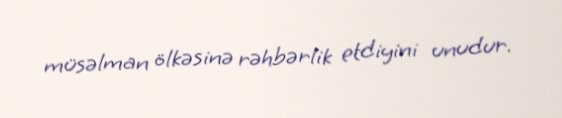
müsəlman ölkəsinə rəhbərlik etdiyini unudur.